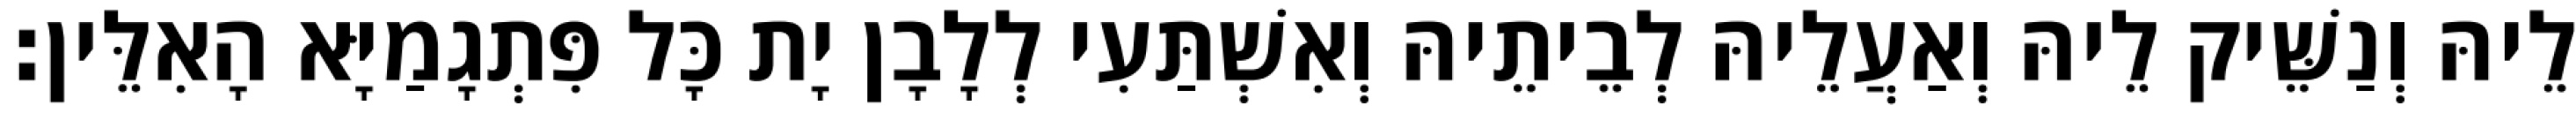
לֵיהּ וְנַשֵּׁיק לֵיהּ וְאַעֲלֵיהּ לְבֵיתֵיהּ וְאִשְׁתַּעִי לְלָבָן יָת כָּל פִּתְגָמַיָּא הָאִלֵּין׃